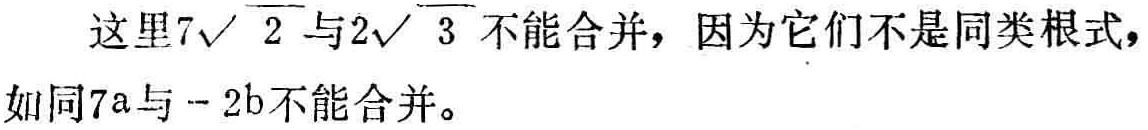
这里\(7\sqrt{2}\)与\(2\sqrt{3}\)不能合并，因为它们不是同类根式，如同\(7a\)与\(-2b\)不能合并。